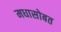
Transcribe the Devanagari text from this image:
मधासोबत